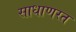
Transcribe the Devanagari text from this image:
साधाणरत